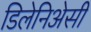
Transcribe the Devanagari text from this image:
डिलेनिअेसी